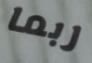
ربما